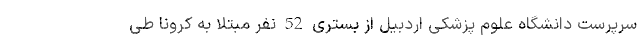
سرپرست دانشگاه علوم پزشکی اردبیل از بستری 52 نفر مبتلا به کرونا طی